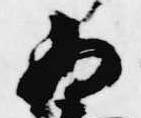
為